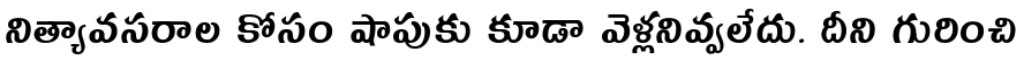
నిత్యావసరాల కోసం షాపుకు కూడా వెళ్లనివ్వలేదు. దీని గురించి